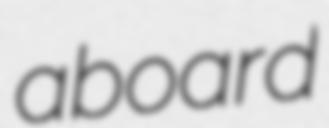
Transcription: aboard